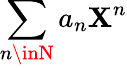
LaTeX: \sum_{n\inN}a_{n}\mathbf{X}^{n}